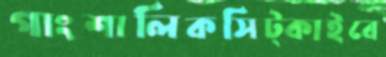
গাংশালিকসিট্‌কাইবে